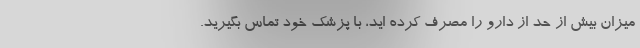
میزان بیش از حد از دارو را مصرف کرده اید، با پزشک خود تماس بگیرید.